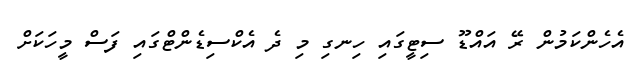
އެހެންކަމުން ރޭ އައްޑޫ ސިޓީގައި ހިނގި މި ދެ އެކްސިޑެންޓްގައި ފަސް މީހަކަށް